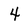
Character: 4